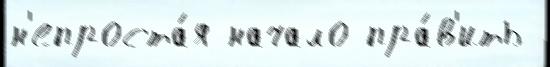
н'епроста́я начало пра́в'ить